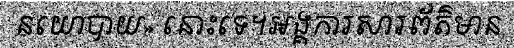
នយោបាយ» នោះទេ។អង្គការសារព័ត៌មាន